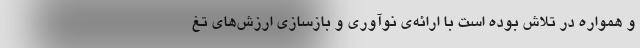
و همواره در تلاش بوده است با ارائه‌ی نوآوری و بازسازی ارزش‌های تغ